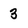
Character: 3